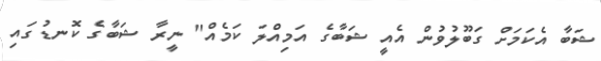
ޝަބާ އެކަމަށް ގަބޫލުވުން އެއީ ޝަބާގެ އަމިއްލަ ކަމެއް" ނީރާ ޝަބާގެ ކޮނޑުގައި